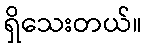
ရှိသေးတယ်။